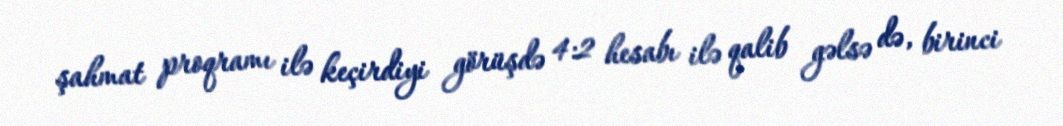
şahmat proqramı ilə keçirdiyi görüşdə 4:2 hesabı ilə qalib gəlsə də, birinci